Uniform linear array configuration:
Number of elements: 48
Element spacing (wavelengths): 1
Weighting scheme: blackman
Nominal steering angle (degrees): -45
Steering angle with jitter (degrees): -45.575
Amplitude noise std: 0.05
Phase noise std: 0.05

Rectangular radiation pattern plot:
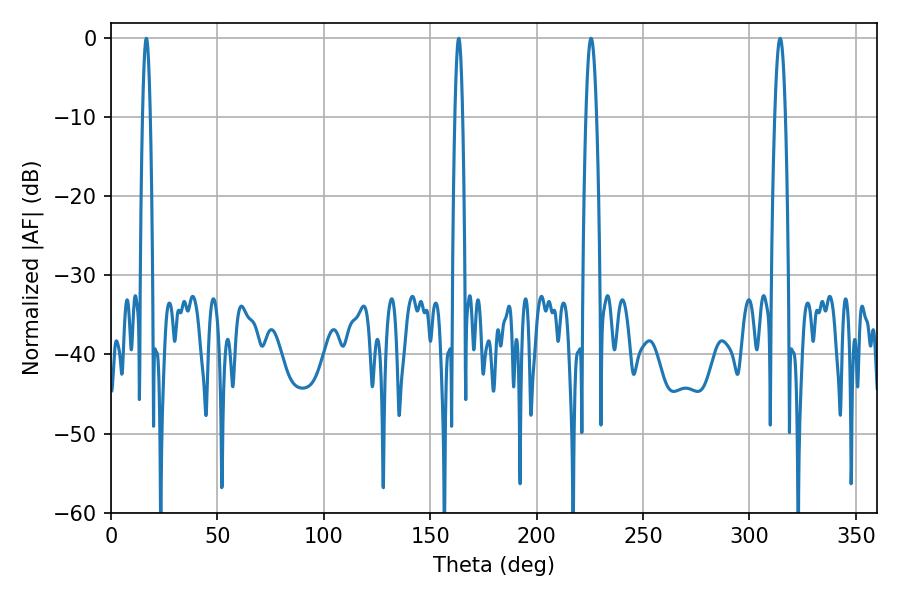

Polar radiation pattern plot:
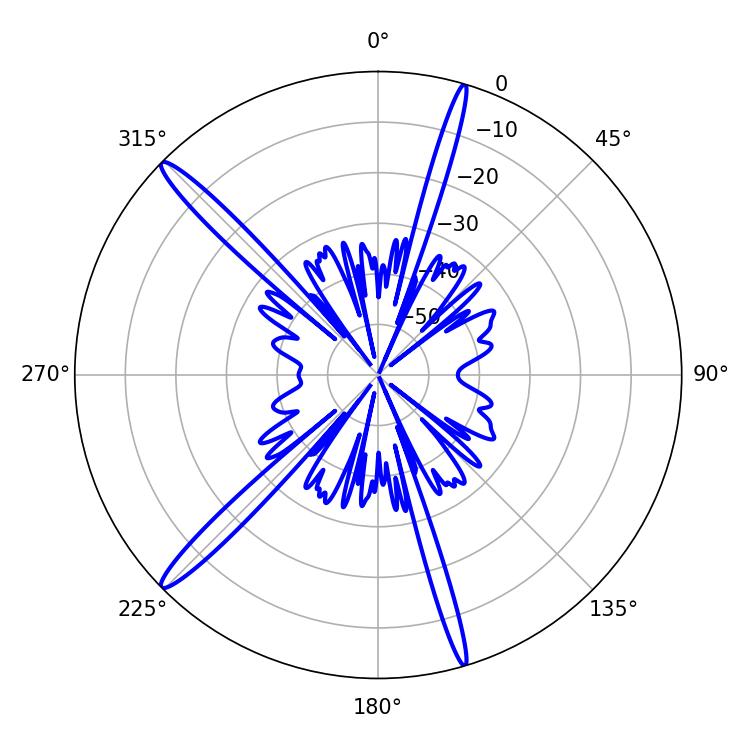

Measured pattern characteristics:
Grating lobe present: TRUE
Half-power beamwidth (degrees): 2.7
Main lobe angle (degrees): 225.54